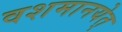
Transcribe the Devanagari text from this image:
वशमानयेत्